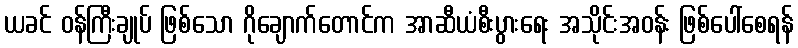
ယခင် ဝန်ကြီးချုပ် ဖြစ်သော ဂိုချောက်တောင်က အာဆီယံစီးပွားရေး အသိုင်းအဝန်း ဖြစ်ပေါ်စေရန်